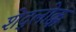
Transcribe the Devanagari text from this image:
शेद्लोक्क